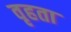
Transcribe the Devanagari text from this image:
वृहता